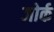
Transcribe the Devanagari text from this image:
ब्जोर्क